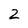
Character: 2